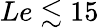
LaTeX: Le\lesssim 15